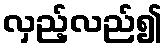
လှည့်လည်၍